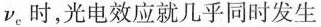
v_{c}时，光电效应就几乎同时发生